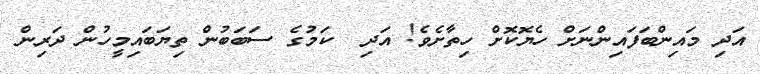
އަދި މައިންބަފައިންނަށް ހެޔޮކޮށް ހިތާށެވެ! އަދި  ކަމުގެ ސަބަބުން ތިޔަބައިމީހުން ދަރިން